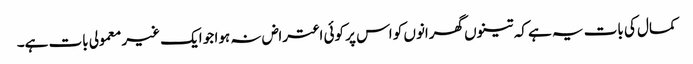
کمال کی بات یہ ہے کہ تینوں گھرانوں کو اس پر کوئی اعتراض نہ ہوا جو ایک غیر معمولی بات ہے۔